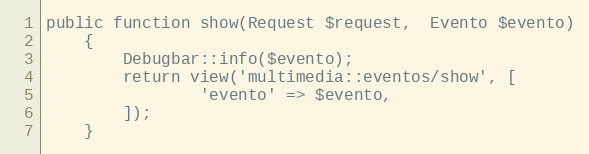
Language: PHP
public function show(Request $request,  Evento $evento)
	{
		Debugbar::info($evento);
		return view('multimedia::eventos/show', [
				'evento' => $evento,
		]);
	}